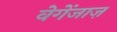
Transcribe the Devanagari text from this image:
वेगेंजाज़